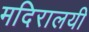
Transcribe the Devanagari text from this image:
मदिरालयी